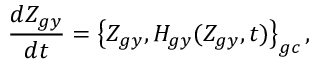
\frac { d Z _ { g y } } { d t } = \left\{ Z _ { g y } , H _ { g y } ( Z _ { g y } , t ) \right\} _ { g c } ,